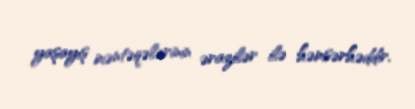
yaşayış məntəqələrinin ərazilər ilə həmsərhəddir.